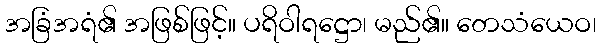
အခြံအရံ၏ အဖြစ်ဖြင့်။ ပရိဝါရဋ္ဌော၊ မည်၏။ တေသံယေဝ၊